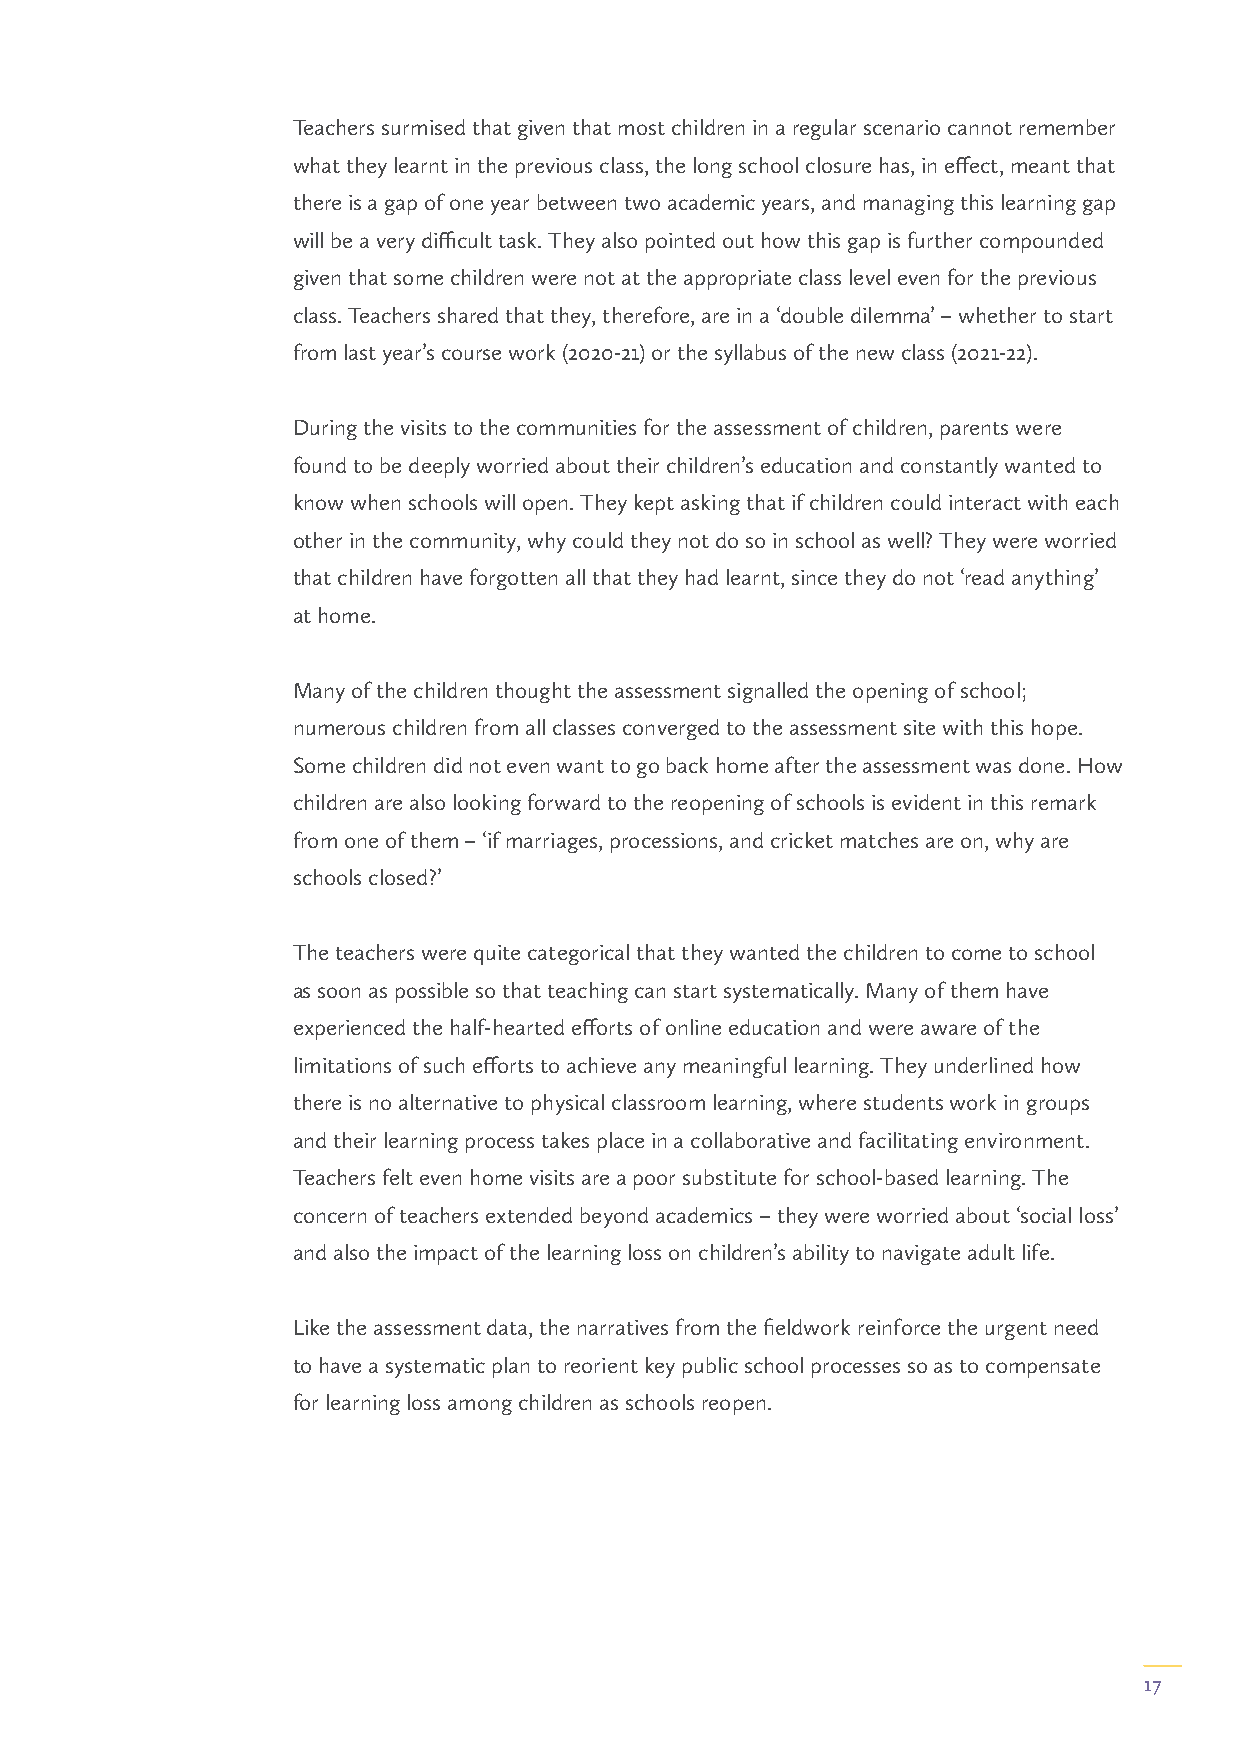
Teachers surmised that given that most children in a regular scenario cannot remember
 what they learnt in the previous class, the long school closure has, in effect, meant that
 there is a gap of one year between two academic years, and managing this learning gap
 will be a very difficult task. They also pointed out how this gap is further compounded
 given that some children were not at the appropriate class level even for the previous
 class. Teachers shared that they, therefore, are in a ‘double dilemma’ – whether to start
 from last year’s course work (2020-21) or the syllabus of the new class (2021-22).
 During the visits to the communities for the assessment of children, parents were
 found to be deeply worried about their children’s education and constantly wanted to
 know when schools will open. They kept asking that if children could interact with each
 other in the community, why could they not do so in school as well? They were worried
 that children have forgotten all that they had learnt, since they do not ‘read anything’
 at home.
 Many of the children thought the assessment signalled the opening of school;
 numerous children from all classes converged to the assessment site with this hope.
 Some children did not even want to go back home after the assessment was done. How
 children are also looking forward to the reopening of schools is evident in this remark
 from one of them – ‘if marriages, processions, and cricket matches are on, why are
 schools closed?’
 The teachers were quite categorical that they wanted the children to come to school
 as soon as possible so that teaching can start systematically. Many of them have
 experienced the half-hearted efforts of online education and were aware of the
 limitations of such efforts to achieve any meaningful learning. They underlined how
 there is no alternative to physical classroom learning, where students work in groups
 and their learning process takes place in a collaborative and facilitating environment.
 Teachers felt even home visits are a poor substitute for school-based learning. The
 concern of teachers extended beyond academics – they were worried about ‘social loss’
 and also the impact of the learning loss on children’s ability to navigate adult life.
 Like the assessment data, the narratives from the fieldwork reinforce the urgent need
 to have a systematic plan to reorient key public school processes so as to compensate
 for learning loss among children as schools reopen.
 17